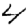
Digit: 4